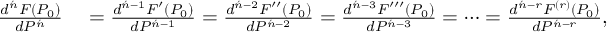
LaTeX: \begin{array} { r l } { { \frac { d ^ { \acute { n } } F ( P _ { 0 } ) } { d P ^ { \acute { n } } } } } & { { } = { \frac { d ^ { { \acute { n } } - 1 } F ^ { \prime } ( P _ { 0 } ) } { d P ^ { { \acute { n } } - 1 } } } = { \frac { d ^ { { \acute { n } } - 2 } F ^ { \prime \prime } ( P _ { 0 } ) } { d P ^ { { \acute { n } } - 2 } } } = { \frac { d ^ { { \acute { n } } - 3 } F ^ { \prime \prime \prime } ( P _ { 0 } ) } { d P ^ { { \acute { n } } - 3 } } } = \cdots = { \frac { d ^ { { \acute { n } } - r } F ^ { ( r ) } ( P _ { 0 } ) } { d P ^ { { \acute { n } } - r } } } , } \end{array}